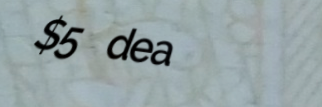
$5 deal